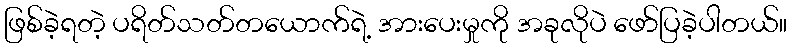
ဖြစ်ခဲ့ရတဲ့ ပရိတ်သတ်တယောက်ရဲ့ အားပေးမှုကို အခုလိုပဲ ဖော်ပြခဲ့ပါတယ်။